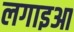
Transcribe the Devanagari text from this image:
लगाइआ